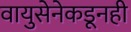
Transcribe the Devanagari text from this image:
वायुसेनेकडूनही